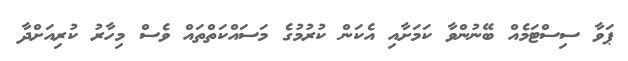
ޕަވާ ސިސްޓަމެއް ބޭނުންވާ ކަމަށާއި އެކަން ކުރުމުގެ މަސައްކަތްތައް ވެސް މިހާރު ކުރިއަށްދާ